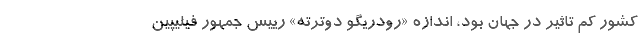
کشور کم تاثیر در جهان بود، اندازه «رودریگو دوترته» رییس جمهور فیلیپین